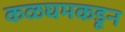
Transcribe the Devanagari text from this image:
कळघमकडून